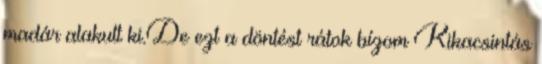
madár alakult ki.De ezt a döntést rátok bízom Kikacsintás